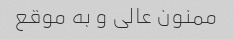
ممنون عالی و به موقع